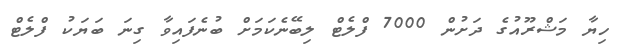
ހިޔާ މަޝްރޫއުގެ ދަށުން 7000 ފްލެޓް ލިބޭނެކަމަށް ބުނެފައިވާ ގިނަ ބަޔަކު ފްލެޓް